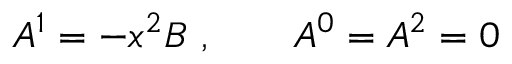
A ^ { 1 } = - x ^ { 2 } B \ , \qquad A ^ { 0 } = A ^ { 2 } = 0